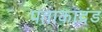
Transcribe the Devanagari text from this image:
पताकादंड